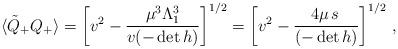
LaTeX: \begin{align*} \langle\tilde Q_+ Q_+ \rangle= \left[v^2- \frac{\mu^3 \Lambda_1^3}{v(-\det h)}\right]^{1/2}=\left[ v^2- \frac{4\mu \, s\,}{(-\det h)}\right]^{1/2}\,,\end{align*}